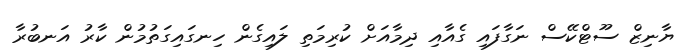
ޔާނިޒް ސޫޓްކޭސް ނަގާފައި ގެއާއި ދިމާއަށް ކުރިމަތި ލައިގެން ހިނގައިގަތުމުން ކާރު އަނބުރާ